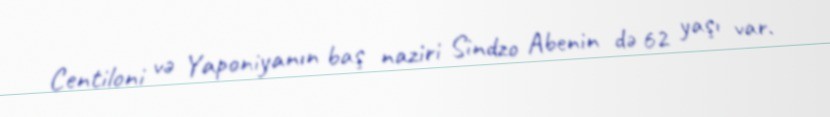
Centiloni və Yaponiyanın baş naziri Sindzo Abenin də 62 yaşı var.